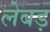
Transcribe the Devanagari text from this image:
लेबड़